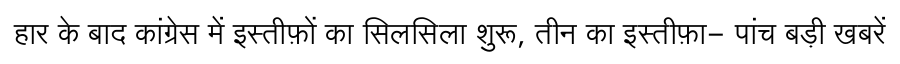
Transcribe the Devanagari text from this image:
हार के बाद कांग्रेस में इस्तीफ़ों का सिलसिला शुरू, तीन का इस्तीफ़ा- पांच बड़ी खबरें